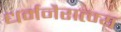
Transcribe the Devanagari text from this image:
धर्मनैरात्म्य